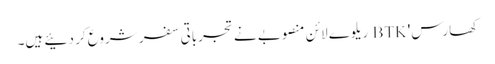
کھارس' BTK ریلوے لائن منصوبے نے تجرباتی سفر شروع کر دئیے ہیں۔